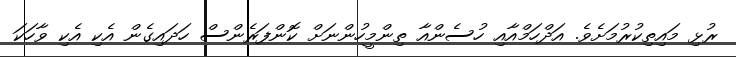
ރުޅި މައިތިކުރުމަށެވެ. އަދްހަމްއާއި ހުސެންއާ ތިންމީހުންނަށް ކޮންފަރެންސް ހަދައިގެން އެކި އެކި ވާހަކަ